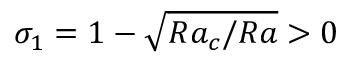
\sigma _ { 1 } = 1 - \sqrt { R a _ { c } / R a } > 0